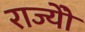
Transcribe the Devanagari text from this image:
राज्योें